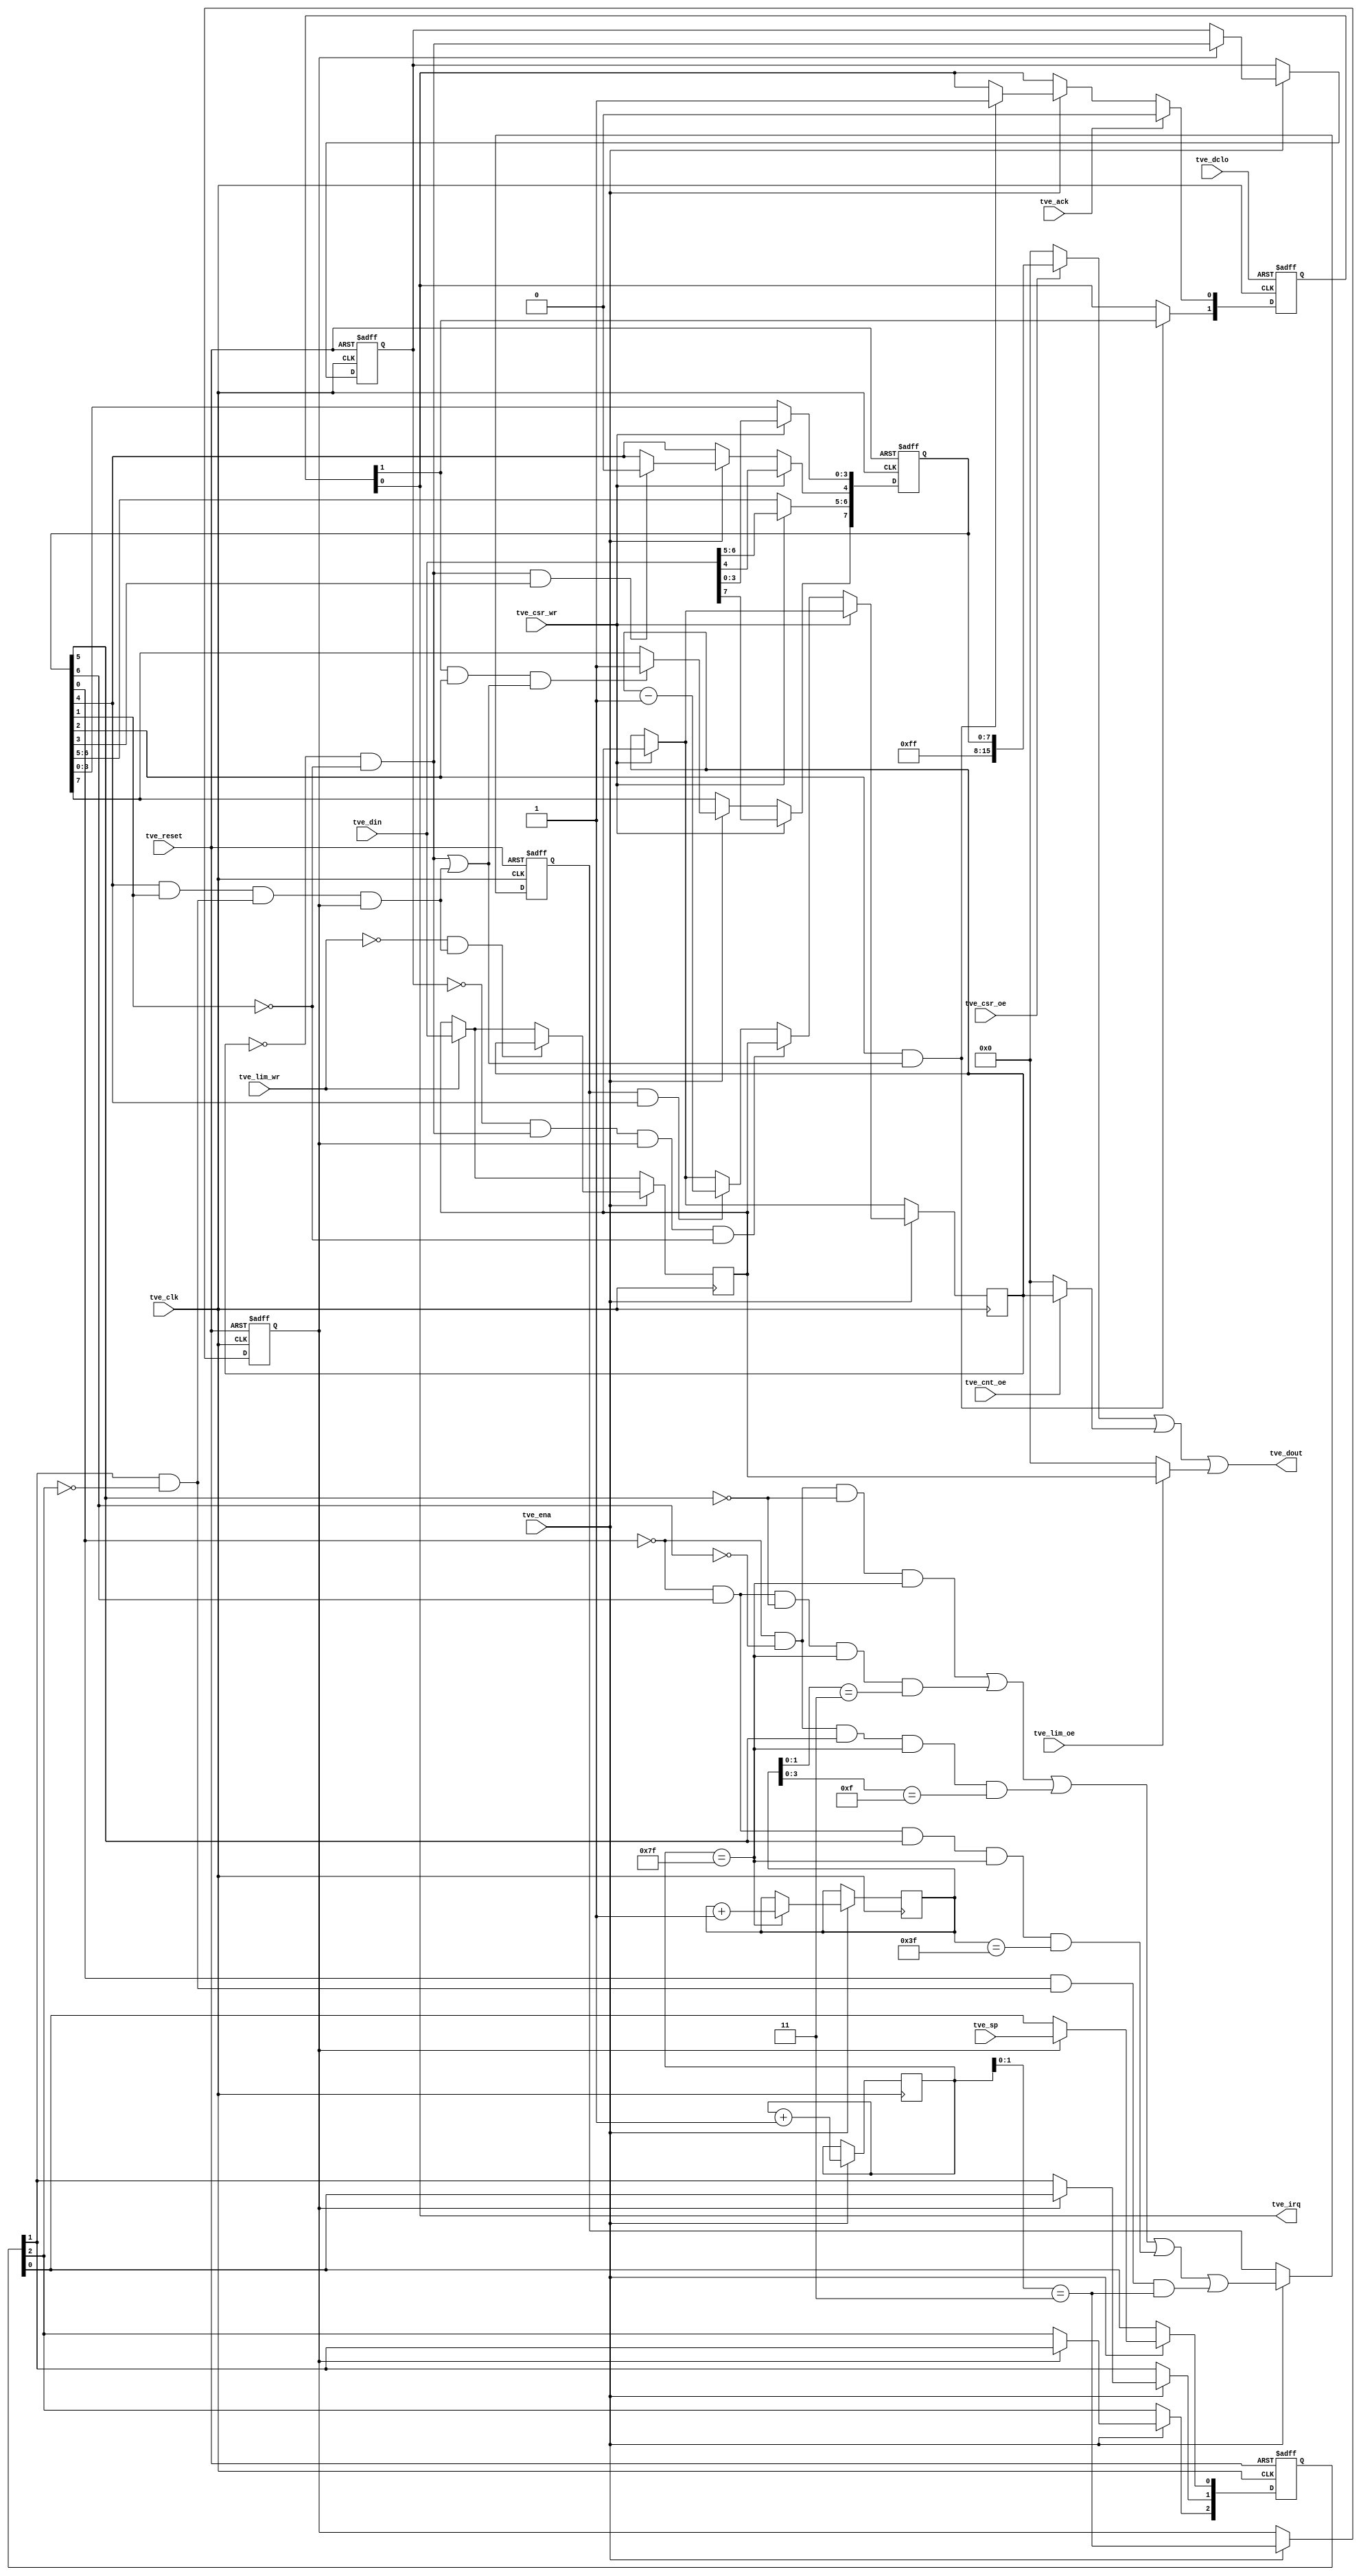
//
// Copyright (c) 2014-2015 by 1801BM1@gmail.com
//
// 1801VM1 timer module (rudimentary, VE1-style)
//______________________________________________________________________________
//
module vm1_timer
(
   input          tve_clk,       // main system clock
   input          tve_ena,       // clock enable
   input          tve_reset,     // timer reset
   input          tve_dclo,     	// timer powerup reset
   input          tve_sp,        // external timer clock
                                 //
   input  [15:0]  tve_din,       // input data
   output [15:0]  tve_dout,      // output data
                                 //
   input          tve_csr_oe,    // read timer control
   input          tve_cnt_oe,    // read timer counter
   input          tve_lim_oe,    // read timer limit
   input          tve_csr_wr,    // write timer control
   input          tve_lim_wr,    // write timer limit
											//
	output			tve_irq,			// interrupt request
	input				tve_ack			// interrupt acknowledgement
);

reg   [15:0]      tve_limit;     // timer reload & capture register
reg   [15:0]      tve_count;     // timer counter register
reg   [7:0]       tve_csr;       // timer control register
reg   [6:0]       tve_pre;       // clock prescaler counter
reg   [5:0]       tve_div;       // timer clock divisor
reg   [2:0]       tve_edge;      // external falling edge detector
reg               tve_tclk;      // selected timer clock
reg               tve_tclk4;     // prescaler /4 output
wire              tve_tclk128;   // prescaler /128 output
reg   [1:0]       tve_intrq;     // hidden interrupt request
											//
reg					tve_zprev;		// zero value edge detector
wire              tve_spclk;     // external event on SP
wire              tve_zero;      // timer counter zero value
wire              tve_load;      // timer counter load
wire              tve_back;      // timer capture load

//
// Reading the timer registers content to the shared bus
//
assign   tve_dout = (tve_csr_oe ? {8'b11111111, tve_csr} : 16'o000000)
                  | (tve_cnt_oe ? tve_count : 16'o000000)
                  | (tve_lim_oe ? tve_limit : 16'o000000);

//
// Hidden clock prescaler, generates the /4 and /128 frequencies
//
assign   tve_tclk128 = (tve_pre[6:0] == 7'b1111111);
assign   tve_spclk   = tve_edge[1] & ~tve_edge[2];

//
// Actually we do not care about power-up values in these registers, so
// we can use the initial block to setup ones for definitive simulation,
// the synthesis is just the bonus option (if any)
//
initial
begin
   //
   // Power-up timer counter and preload settings, no in original 1801VM1,
   // added here to provide the comfortable simulation. Note. the control 
	// timer register reset is implemented in the original chip though
   //
	tve_count   = 16'o000000;
	tve_limit   = 16'o000000;
	//
   // Power-up prescaler reset, no in original 1801VM1 (undefined values)
   // added here to provide the comfortable simulation. Zero is preferrable
	// due to simpler synthesis results
   //
	tve_pre     = 7'b0000000;
	tve_div     = 6'b000000;
end

always @(posedge tve_clk)
begin
	if (tve_ena)
	begin
		tve_pre     <= tve_pre + 7'b0000001;
		//
      // Documented divisor 1/4, 1/16, 1/64
		//
      if (tve_tclk128)
			tve_div     <= tve_div + 6'b000001;
	end
end

always @(posedge tve_clk or posedge tve_reset)
begin
   if (tve_reset)
   begin
      //
      // Asynchronous prescaler reset, no in original 1801VM1,
      // added here to provide the comfortable simulation
      //
      tve_tclk4   <= 1'b0;
      tve_tclk    <= 1'b0;
      tve_edge    <= 3'b000;
		tve_zprev	<= 1'b1;
   end
   else
   begin
      if (tve_ena)
      begin
         tve_tclk4   <= (tve_pre[1:0] == 2'b11);
         //
         // Timer clock selector
         //
         tve_tclk    <= ~tve_csr[0] & ~tve_csr[6] & ~tve_csr[5] & tve_tclk128
                      | ~tve_csr[0] &  tve_csr[6] & ~tve_csr[5] & tve_tclk128 & (tve_div[1:0] == 2'b11)
                      | ~tve_csr[0] & ~tve_csr[6] &  tve_csr[5] & tve_tclk128 & (tve_div[3:0] == 4'b1111)
                      | ~tve_csr[0] &  tve_csr[6] &  tve_csr[5] & tve_tclk128 & (tve_div[5:0] == 6'b111111)
                      |  tve_csr[0] &  tve_spclk & (tve_pre[1:0] == 2'b11);
         //
         // Falling edge detector (raising for the inverted input tve_sp)
         //
         if (tve_tclk4)
         begin
            //
            // Input metastability eliminator and synchronizer
            //
            tve_edge[0] <= tve_sp;
            tve_edge[1] <= tve_edge[0];
            tve_edge[2] <= tve_edge[1];
				//
				// Counter zero flag edge detector
				//
				tve_zprev <= tve_zero;
         end
      end
   end
end

assign   tve_zero = (tve_count == 16'o000000) & ~tve_csr[1];
assign   tve_back = tve_csr[4] & tve_csr[1] & tve_spclk & tve_tclk4;
assign   tve_load = ~tve_zprev & tve_zero & tve_tclk4 & ~tve_csr[1];
assign 	tve_irq  = tve_intrq[0];

always @(posedge tve_clk or posedge tve_dclo)
begin
   if (tve_dclo)
      tve_intrq   <= 2'b00;
	else
   begin
		if (tve_ack)
			//
			// New timer interrupt request raising while 
			// acknowledgement can be missed
			//
			tve_intrq[0] <= 1'b0;
		else
			if (tve_ena)
			begin
				//
				// Interrupt flags
				//
				if (tve_csr[2] & (tve_zero | tve_back))
					tve_intrq[0] <= 1'b1;
			end

		if (~(tve_csr[2] & (tve_zero | tve_back)))
			tve_intrq[1] <= tve_intrq[0];
	end
end	

//
// Timer control register
//
always @(posedge tve_clk or posedge tve_reset)
begin
   if (tve_reset)
	begin
		//
		// The control timer register reset as implemented in the original chip
		//
      tve_csr <= 8'b00000000;
	end
	else
	begin
      //
      // Timer control register
      //
      // csr[0]   - selects external clock source
      // csr[1]   - selects capture mode
      // csr[2]   - enables interrupt request
      // csr[3]   - selects one-shot mode
      // csr[4]   - timer count enable
      // csr[5]   - 1/16 divider enable
      // csr[6]   - 1/4 divider enable
      // csr[7]   - interrupt overflow flag
      //
      if (tve_csr_wr)
         //
         // The prioritized CSR write from bus
			// Clocked every system bus cycle
         //
         tve_csr <= tve_din[7:0];
		else
			if (tve_ena)
         begin
            if (tve_zero & tve_csr[3])
               //
               // Reset the RUN bit in one-shot mode
               //
               tve_csr[4] <= 1'b0;

            if (tve_intrq[1] & tve_csr[2] & (tve_zero | tve_back))
               //
               // Set the interrupt overflow flag if enabled
               //
               tve_csr[7] <= 1'b1;
         end
	end
end

//
// Timer counter and preload/capture registers
//
always @(posedge tve_clk)
begin
	if (tve_csr_wr)
		//
      // Counter is written unconditionally at every CSR bus write
      //			
		tve_count <= tve_limit;			

   if (tve_lim_wr)
      //
		// The prioritized register write from bus
		// Clocked every system bus cycle
      //
      tve_limit <= tve_din;
			
   if (tve_ena)
   begin
		//
      // Timer preload and capture value register
      //
      if (~tve_lim_wr & tve_back)
			//
         // Capture the current counter value
         //
         tve_limit <= tve_count;

      //
      // Decrementing counter register
      //
      if (~tve_csr_wr)
		begin
			if (tve_load)
				//
				// Counter is being reloaded
				//
				tve_count <= tve_limit;
			else
				if (tve_tclk & tve_csr[4])
					//
					// Count selected clock events if enabled
					//
					tve_count <= tve_count - 16'o000001;
		end
   end
end
endmodule